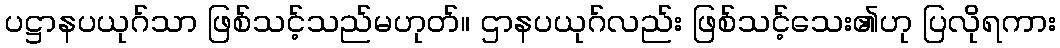
ပဋ္ဌာနပယုဂ်သာ ဖြစ်သင့်သည်မဟုတ်။ ဌာနပယုဂ်လည်း ဖြစ်သင့်သေး၏ဟု ပြလိုရကား